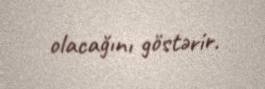
olacağını göstərir.